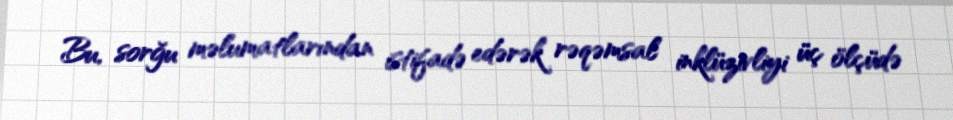
Bu, sorğu məlumatlarından istifadə edərək rəqəmsal inklüzivliyi üç ölçüdə